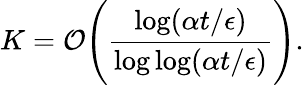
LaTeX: K=\mathcal{O}\Bigg(\frac{\log(\alpha t/\epsilon)}{\log\log(\alpha t/\epsilon)}\Bigg).